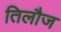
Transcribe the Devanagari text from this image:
तिलौज